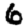
Digit: 6